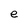
Character: e